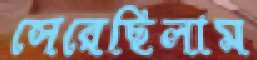
সেরেছিলাম